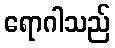
ရောဂါသည်